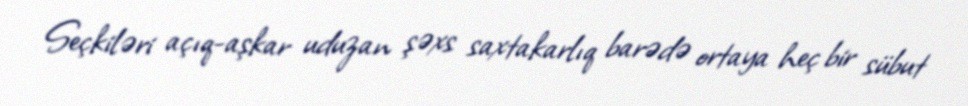
Seçkiləri açıq-aşkar uduzan şəxs saxtakarlıq barədə ortaya heç bir sübut